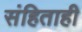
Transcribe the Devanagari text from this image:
संहिताही